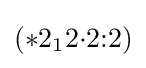
(*2_{1}2{\cdot }2{:}2)